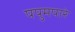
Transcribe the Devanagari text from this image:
पपुमपारे